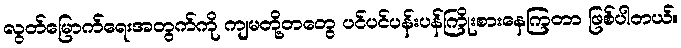
လွတ်မြောက်ရေးအတွက်ကို ကျမတို့တတွေ ပင်ပင်ပန်းပန်ကြိုးစားနေကြတာ ဖြစ်ပါတယ်။